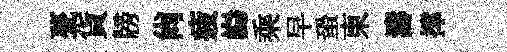
甍貨牓尙疲巋乘早蛩東濤撑